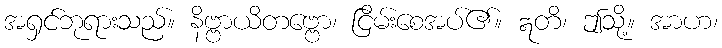
အရှင်ဘုရားသည်။ နိဗ္ဗာယိတဗ္ဗော၊ ငြိမ်းစေအပ်၏။ ဣတိ၊ ဤသို့။ အာဟ၊